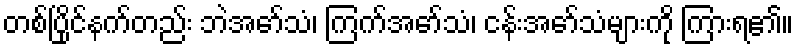
တစ်ပြိုင်နက်တည်း ဘဲအော်သံ၊ ကြက်အော်သံ၊ ငန်းအော်သံများကို ကြားရ၏။